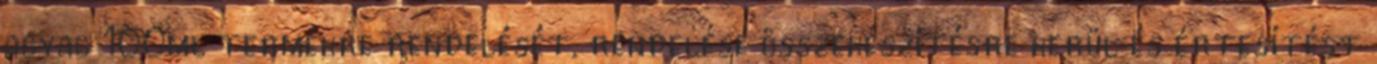
agyag 100ml termékre rendelését, rendelése összekészítésre kerül és értesítést